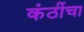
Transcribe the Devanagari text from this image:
कंठींचा